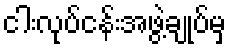
ငါးလုပ်ငန်းအဖွဲ့ချုပ်မှ